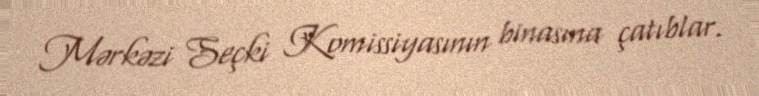
Mərkəzi Seçki Komissiyasının binasına çatıblar.